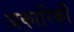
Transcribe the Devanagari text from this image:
अकारिकी